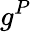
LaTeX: g^{P}